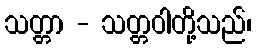
သတ္တာ - သတ္တဝါတို့သည်၊